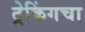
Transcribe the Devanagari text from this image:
ट्रेकिंगचा